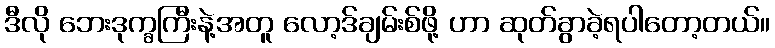
ဒီလို ဘေးဒုက္ခကြီးနဲ့အတူ လော့ဒ်ချမ်းစ်ဖို့ ဟာ ဆုတ်ခွာခဲ့ရပါတော့တယ်။